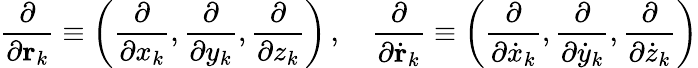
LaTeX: {\frac{\partial}{\partial\mathbf{r}_{k}}}\equiv\left({\frac{\partial}{\partial x_{k}}},{\frac{\partial}{\partial y_{k}}},{\frac{\partial}{\partial z_{k}}}\right)\, ,\quad{\frac{\partial}{\partial{\dot{\mathbf{r}}}_{k}}}\equiv\left({\frac{\partial}{\partial{\dot{x}}_{k}}},{\frac{\partial}{\partial{\dot{y}}_{k}}},{\frac{\partial}{\partial{\dot{z}}_{k}}}\right)